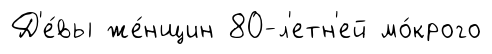
Д'е́вы же́нщин 80-л'етн'ей мо́крого